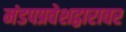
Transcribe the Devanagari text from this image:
मंडपप्रवेशद्वारावर